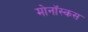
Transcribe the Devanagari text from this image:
मोनॉस्कस